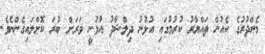
މެންދުރުގެ ކެއުން ތައްޔާރު ކުރުމުގައި އުޅުނު ދިލްޝާދު އުޅުނީ ވަރަށް ބުރަ ކޮށްލައިގެންނެވެ.